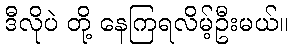
ဒီလိုပဲ တို့ နေကြရလိမ့်ဦးမယ်။